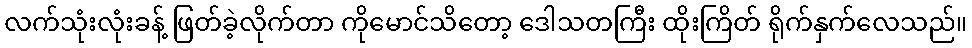
လက်သုံးလုံးခန့် ဖြတ်ခဲ့လိုက်တာ ကိုမောင်သိတော့ ဒေါသတကြီး ထိုးကြိတ် ရိုက်နှက်လေသည်။